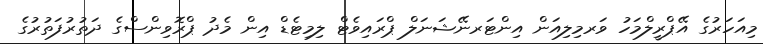
މިއަހަރުގެ އޭޕްރީލްމަހު ވަރމިލިއަން އިންޓަރނޭޝަނަލް ޕްރައިވެޓް ލިމިޓެޑް އިން މެދު ޕްރޮވިންސްގެ ދަތުރުފަތުރުގެ